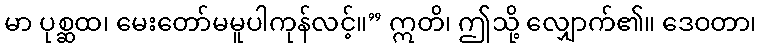
မာ ပုစ္ဆထ၊ မေးတော်မမူပါကုန်လင့်။” ဣတိ၊ ဤသို့ လျှောက်၏။ ဒေဝတာ၊